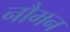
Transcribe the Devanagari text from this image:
नौमन